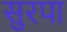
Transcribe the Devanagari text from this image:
सुरपा